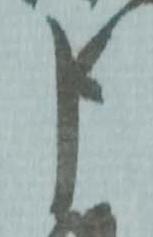
申